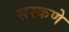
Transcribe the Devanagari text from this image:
सस्कणे